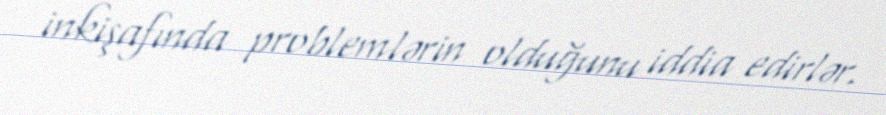
inkişafında problemlərin olduğunu iddia edirlər.